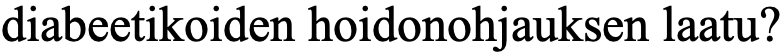
diabeetikoiden hoidonohjauksen laatu?